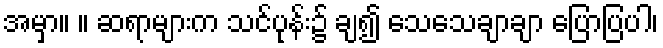
အမှာ။ ။ ဆရာများက သင်ပုန်း၌ ချ၍ သေသေချာချာ ပြောပြပါ၊